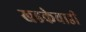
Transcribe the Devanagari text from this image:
खडकेवाडी